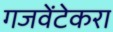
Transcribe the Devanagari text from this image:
गजवेंटेकरा